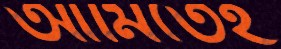
আর্মিতেই